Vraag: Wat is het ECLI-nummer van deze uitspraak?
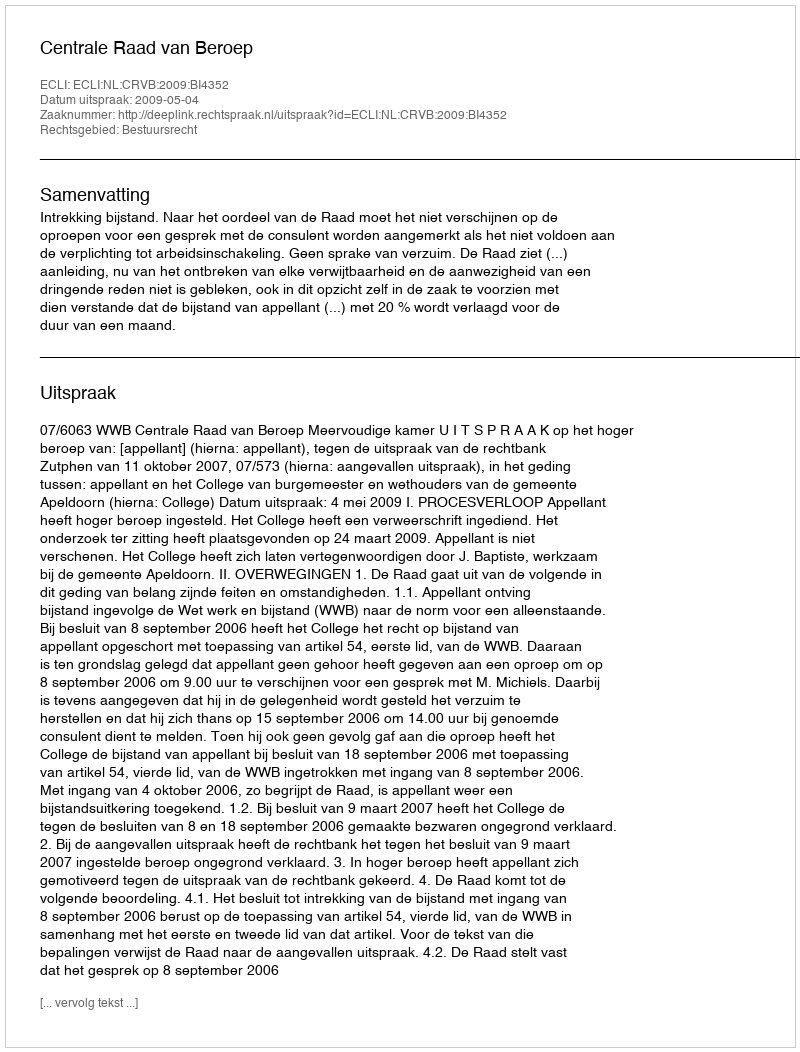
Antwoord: ECLI:NL:CRVB:2009:BI4352